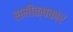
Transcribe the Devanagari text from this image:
समीक्षकार